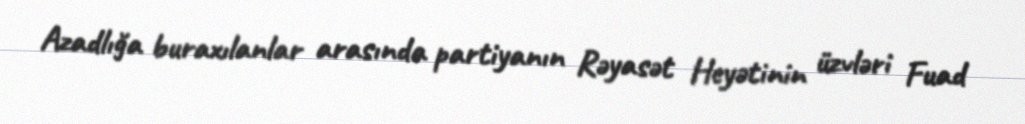
Azadlığa buraxılanlar arasında partiyanın Rəyasət Heyətinin üzvləri Fuad